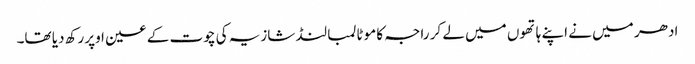
ادھر میں نے اپنے ہاتھوں میں لے کر راجہ کا موٹا لمبا لنڈ شازیہ کی چوت کے عین اوپر رکھ دیا تھا۔